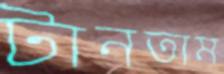
টানতাম